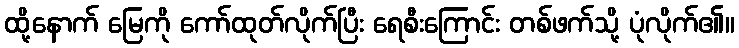
ထို့နောက် မြေကို ကော်ထုတ်လိုက်ပြီး ရေစီးကြောင်း တစ်ဖက်သို့ ပုံလိုက်၏။